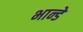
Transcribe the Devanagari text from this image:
भान्डे